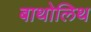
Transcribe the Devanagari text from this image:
बाथोलिथ